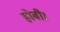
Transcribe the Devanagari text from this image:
होबी।